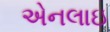
એનલાઇ